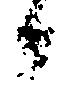
候